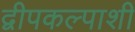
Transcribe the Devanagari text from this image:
द्वीपकल्पाशी